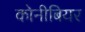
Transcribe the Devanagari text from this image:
कोनीबियर